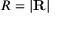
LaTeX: R = \left| \mathbf { R } \right|